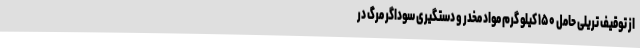
از توقیف تریلی حامل ۱۵۰ کیلو گرم مواد مخدر و دستگیری سوداگر مرگ در